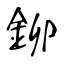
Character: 鉚